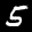
Label: 5